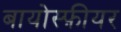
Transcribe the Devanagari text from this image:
बायोस्फ़ीयर